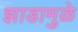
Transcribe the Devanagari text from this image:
झाडामुळे